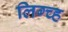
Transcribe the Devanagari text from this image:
लिग्च्ह